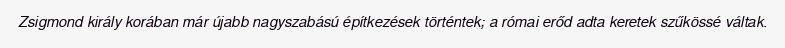
Zsigmond király korában már újabb nagyszabású építkezések történtek; a római erőd adta keretek szűkössé váltak.